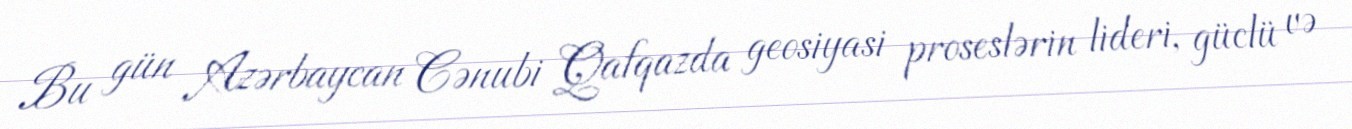
Bu gün Azərbaycan Cənubi Qafqazda geosiyasi proseslərin lideri, güclü və